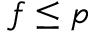
f \le p